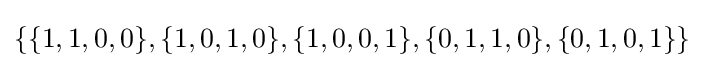
\{\{1,1,0,0\},\{1,0,1,0\},\{1,0,0,1\},\{0,1,1,0\},\{0,1,0,1\}\}